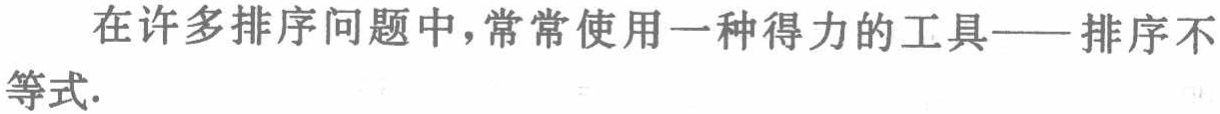
在许多排序问题中，常常使用一种得力的工具——排序不等式.